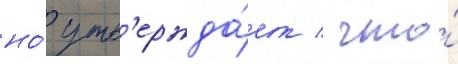
но́ утв'ержда́ет / что́